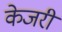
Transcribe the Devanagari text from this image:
केजरी